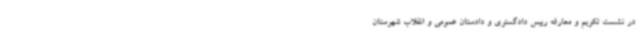
در نشست تکریم و معارفه رییس دادگستری و دادستان عمومی و انقلاب شهرستان